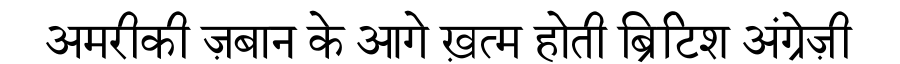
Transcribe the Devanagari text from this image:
अमरीकी ज़बान के आगे ख़त्म होती ब्रिटिश अंग्रेज़ी